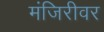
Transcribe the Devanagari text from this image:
मंजिरीवर